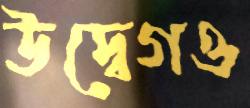
উদ্বেগও